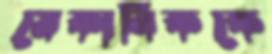
মেকানিককে